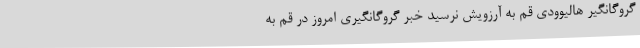
گروگانگیر هالیوودی قم به آرزویش نرسید خبر گروگانگیری امروز در قم به